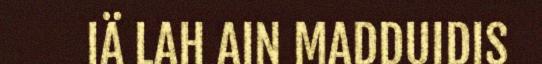
IÄ LAH AIN MADDUIDIS